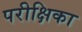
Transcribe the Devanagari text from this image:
परीक्षिका